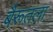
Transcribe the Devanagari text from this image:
बैरूतला